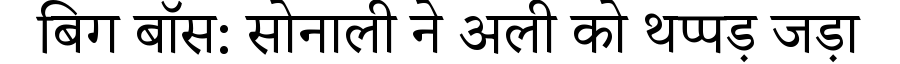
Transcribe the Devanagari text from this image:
बिग बॉस: सोनाली ने अली को थप्पड़ जड़ा